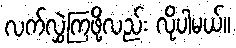
လက်လွှဲကြဖို့လည်း လိုပါမယ်။